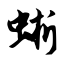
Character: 蜥